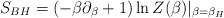
\begin{align*}S_{BH} =(-\beta \partial_\beta +1) \ln Z(\beta) |_{\beta=\beta_H}\end{align*}